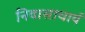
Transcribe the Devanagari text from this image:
निवासाचार्य